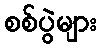
စစ်ပွဲများ